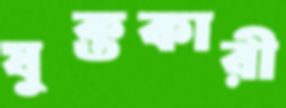
যুক্তকারী